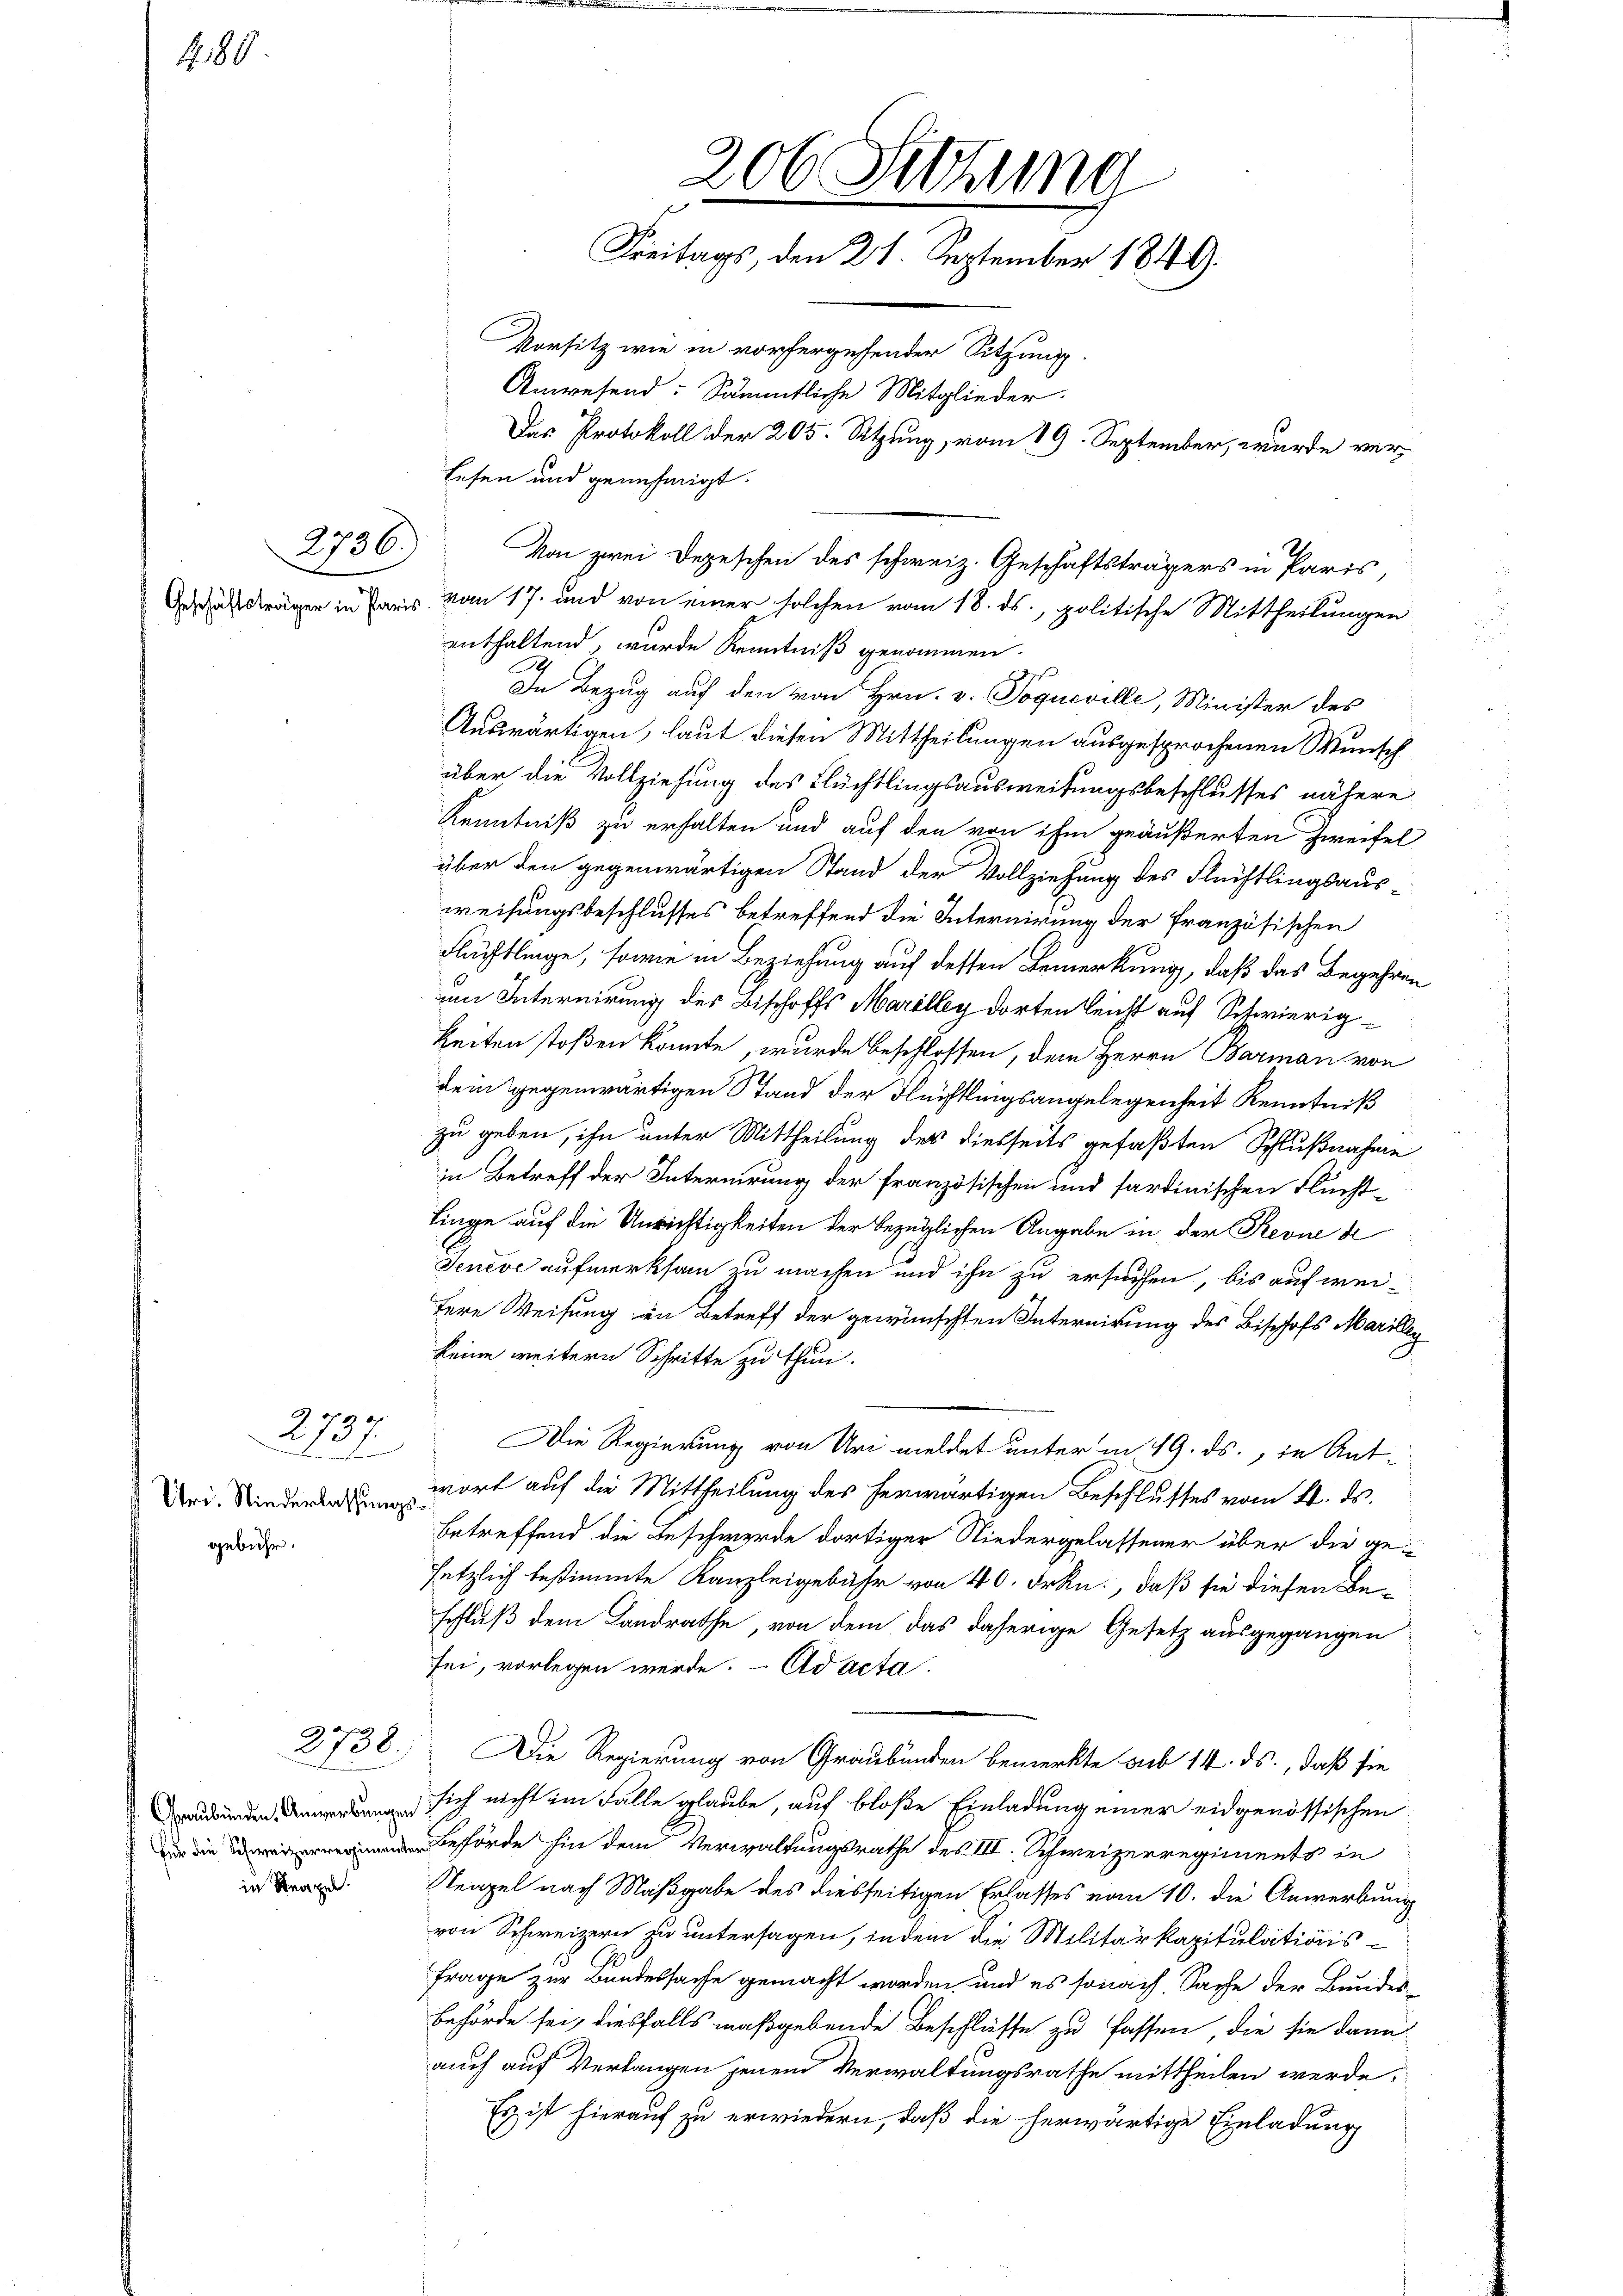
180

2736)

2737
Uri. Niederlassungsgebühr.

in Neapel.

2738.

enthaltend, wurde Kenntniß genommen.
e
In Bezug auf den von Hrn. v. Poqueville, Minister des
Auswärtigen, laut diesen Mittheilungen ausgesprochenen Wunsch
über die Vollziehung des Flüchtlingsausweisungsbeschlusses nähere
Kenntniß zu erhalten und auf den von ihm geäußerten Zweifel
über den gegenwärtigen Stand der Vollziehung des Flüchtlingsausweisungsbeschlusses betreffend die Internirung der französischen
Flüchtlinge, sowie in Beziehung auf dessen Bemerkung, daß das Begehren
um Internirung des Bischoffs Marilley dorten leicht auf Schwierig¬
Zeiten stoßen könnte, wurde beschlossen, dem Herrn Barman von
dem gegenwärtigen Stand der Flächtlungsangelegenheit Kenntniß
zu geben, ihn unter Mittheilung des diesseits gefaßten Schlußnahme
in Betreff der Internirung der französischen und sardinischen Fluchtlinge auf die Unrichtigkeiten der bezüglichen Angabe in der Revue d
Senève aufmerksam zu machen und ihn zu ersuchen, bis auf weifere Weisung in Betreff der gewünschten Internirung des Bischofs Marillen
keine weitern Schritte zu thun.
Die Regierung von Uri meldet unter in 19. ds., in Antwort auf die Mittheilung des herwärtigen Beschlusses vom 4. ds.
betreffend die Beschwerde dortiger Niedergelassener über die gesetzlich bestimmte Kanzleigebühr von 40. Frkn., daß sie diesen Be-
schluß dem Landrathe, von dem das daherige Gesetz ausgegangen
sei, vorlegen werde. Ad acta.
Die Regierung von Graubünden bemerkte sub 14. ds., daß sie
 sich nicht im Falle glaube, auf bloße Einladung einer eidgenössischen
Beförde hin dem Verwaltungsrathe des III. Schweizerregiments in
Neapel nach Maßgabe des diesseitigen Erlasses vom 10. die Anwerbung
von Schweizern zu untersagen, indem die Militärkapitulations¬
Frage zur Bundessache gemacht worden, und es sonach Sache der Bundes-
Behörde sei, diesfalls maßgebende Beschlüsse zu fassen, die sie dann
auch auf Verlangen jenem Verwaltungsrathe mittheilen werde,
Es ist hierauf zu erwiedern, daß die herwärtige Einladung

206. Setzung
Freitags, den 21. September 1849.
Vorsitz wie in vorhergehender Sitzung.
Anwesend: Sämmtliche Mitglieder.
Das Protokoll der 205. Setzung, vom 19. September, wurde verlesen und genehmigt.

Von zwei Depeschen des schweiz. Geschäftsträgers in Paris,
Geschäftsträgen in Paris vom 17. und von einer solchen vom 18. ds., politische Mittheilungen